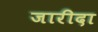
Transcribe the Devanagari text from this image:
जारीदा